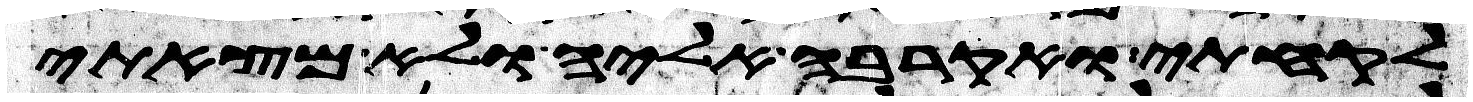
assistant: לקחתי ואקרבה אליה ולא מצאתי